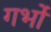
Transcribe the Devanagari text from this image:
गर्भों